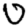
Digit: 0